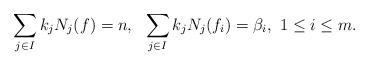
LaTeX: \begin{align*}\sum_{j\in I}k_jN_j(f)=n,\ \ \sum_{j\in I}k_jN_j(f_i)=\beta_i,\ 1\leq i\leq m.\end{align*}